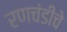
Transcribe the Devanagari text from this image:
रणचंडीचे